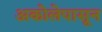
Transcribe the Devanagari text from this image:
अकोलेपासून